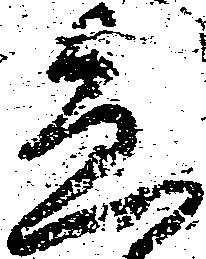
急